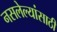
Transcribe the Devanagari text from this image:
नसलेल्यांसाठी